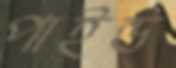
পাইন্ড